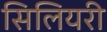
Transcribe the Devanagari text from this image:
सिलियरी